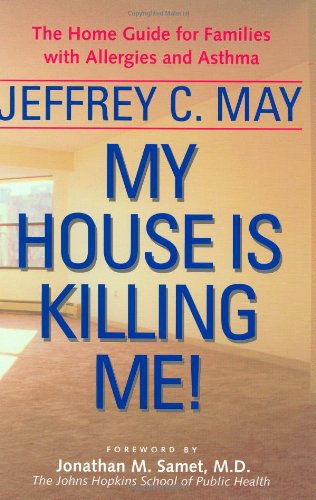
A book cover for My House Is Killing Me!: The Home Guide for Families with Allergies and Asthma; Jeffrey C. May; Health, Fitness & Dieting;